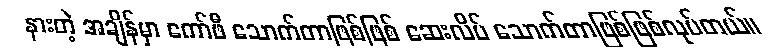
နားတဲ့ အချိန်မှာ ကော်ဖီ သောက်တာဖြစ်ဖြစ် ဆေးလိပ် သောက်တာဖြစ်ဖြစ်လုပ်တယ်။